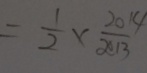
= \frac { 1 } { 2 } \times \frac { 2 0 1 4 } { 2 0 1 3 }